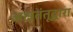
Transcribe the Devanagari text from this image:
अक्षतंतूद्वारा